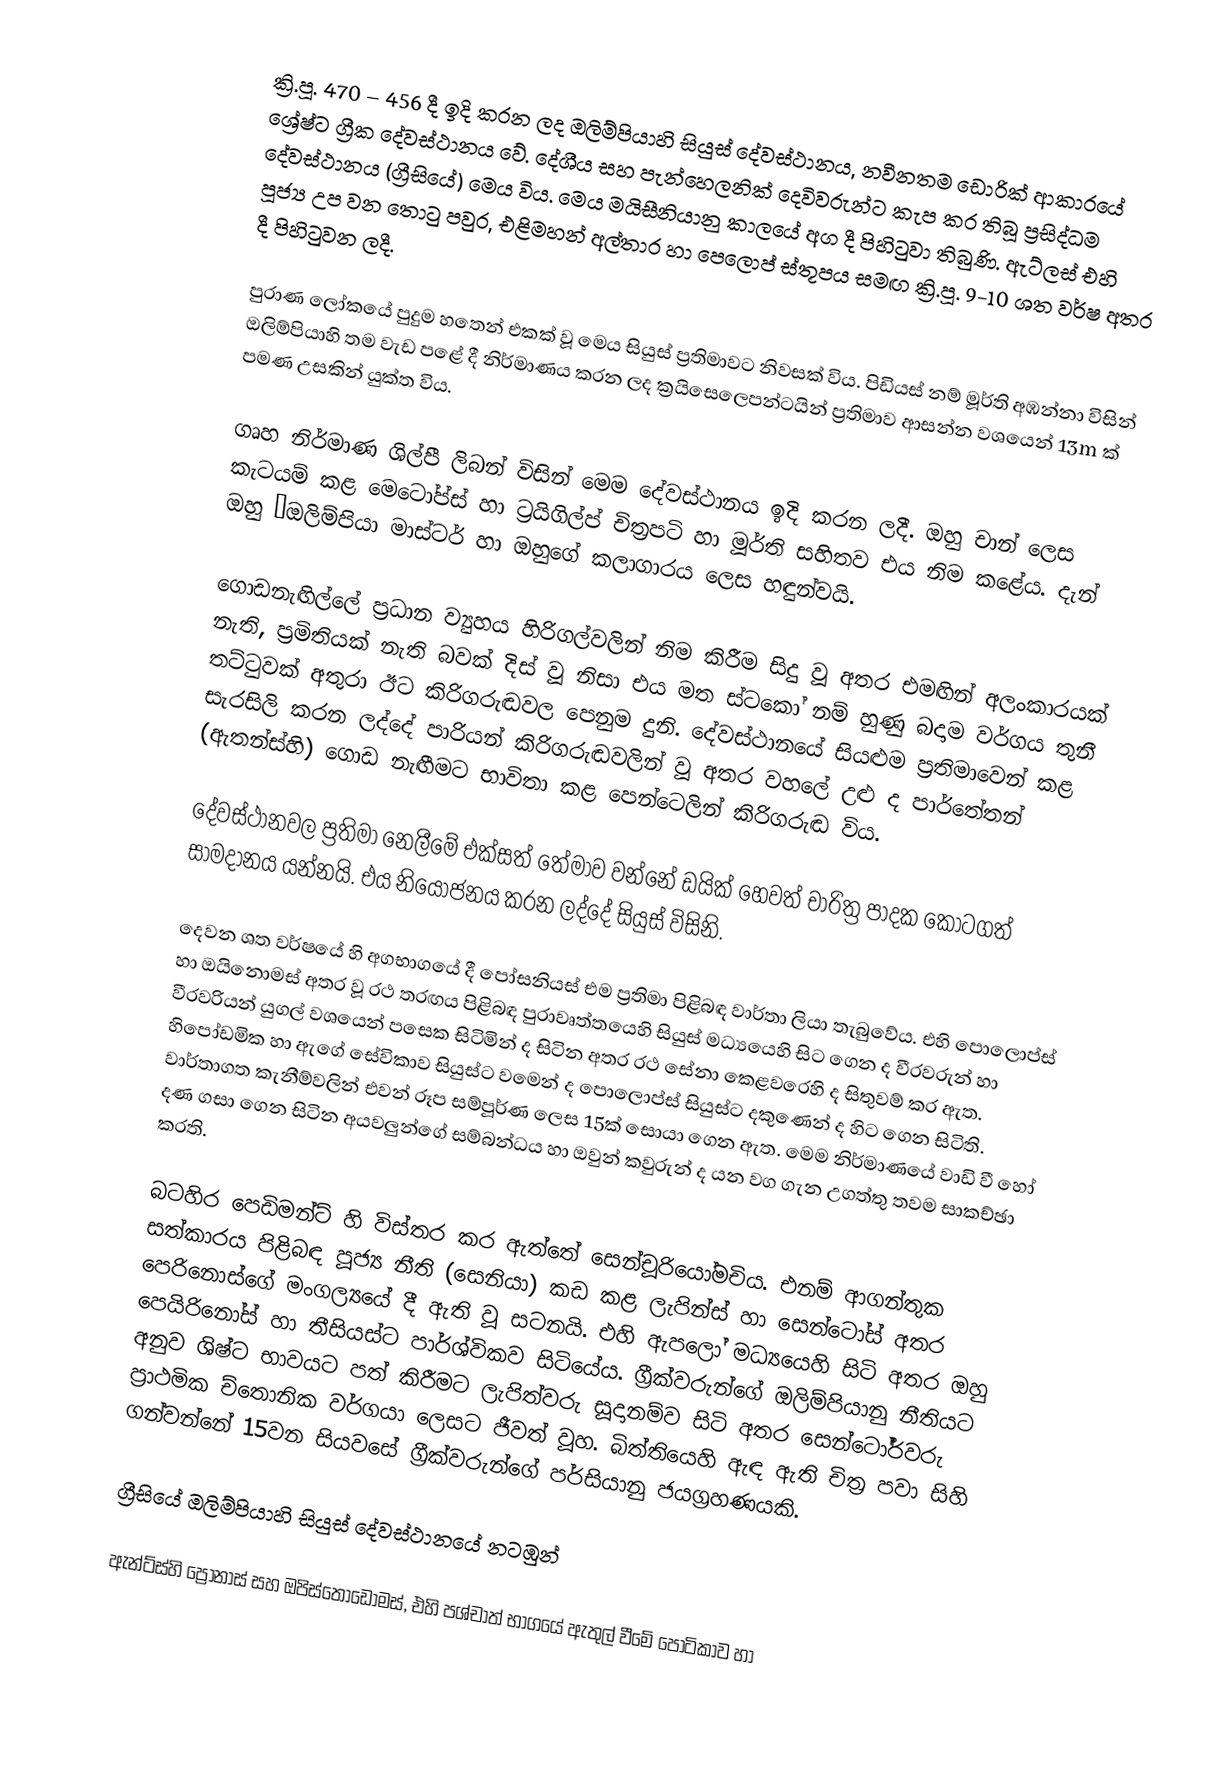
ක්‍රි.පූ. 470 – 456 දී ඉදි කරන ලද ඔලිම්පියා‍හි සියුස් දේවස්ථානය, නවීනතම ඩොරික් ආකාරයේ ශ්‍රේෂ්ට ග්‍රීක දේවස්ථානය වේ. දේශීය සහ පැන්හෙලනික් දෙවිවරුන්ට කැප කර තිබූ ප්‍රසිද්ධම දේවස්ථානය (ග්‍රීසියේ) මෙය විය. මෙය මයිසීනියානු කාලයේ අග දී පිහිටුවා තිබුණි. ඇට්ලස් එහි පූජ්‍ය උප වන තොටු පවුර, එළිමහන් අල්තාර හා පෙලොප් ස්තූපය සමඟ ක්‍රි.පූ. 9-10 ශත වර්ෂ අතර දී පිහිටුවන ලදී.

පුරාණ ලෝකයේ පුදුම හතෙන් එකක් වූ මෙය සියුස් ප්‍රතිමාවට නිවසක් විය. පිඩියස් නම් මූර්ති අඹන්නා විසින් ඔලිම්පියාහි තම වැඩ පළේ දී නිර්මාණය කරන ලද ක්‍රයිසෙලෙපන්ටයින් ප්‍රතිමාව ආසන්න වශයෙන් 13m ක් පමණ උසකින් යුක්ත විය.

ගෘහ නිර්මාණ ශිල්පී ලිබන් විසින් මෙම දේවස්ථානය ඉදි කරන ලදී. ඔහු චාන් ලෙස කැටයම් කළ මෙටෝප්ස් හා ට්‍රයිගිල්ප් චිත්‍රපටි හා මූර්ති සහිතව එය නිම කළේය. දැන් ඔහු “ඔලිම්පියා මාස්ටර් හා ඔහුගේ කලාගාරය ලෙස හඳුන්වයි.

ගොඩනැඟිල්ලේ ප්‍රධාන ව්‍යුහය හිරිගල්වලින් නිම කිරීම සිදු වූ අතර එමඟින් අලංකාරයක් නැති, ප්‍රමිතියක් නැති බවක් දිස් වූ නිසා එය මත ස්ටකෝ නම් හුණු බදාම වර්ගය තුනී තට්ටුවක් අතුරා ඊට කිරිගරුඬවල පෙනුම දුනි. දේවස්ථානයේ සියළුම ප්‍රතිමාවෙන් කළ සැරසිලි කරන ලද්දේ පාරියන් කිරිගරුඬවලින් වූ අතර වහලේ උළු ද පාර්තේතන් (ඇතන්ස්හි) ගොඩ නැඟීමට භාවිතා කළ පෙන්ටෙලින් කිරිගරුඬ විය.

දේවස්ථානවල ප්‍රතිමා නෙලීමේ එක්සත් තේමාව වන්නේ ඩයික් හෙවත් චාරිත්‍ර පාදක කොටගත් සාමදානය යන්නයි. එය නියෝජනය කරන ලද්දේ සියුස් විසිනි.

දෙවන ශත වර්ෂයේ හි අගභාගයේ දී පෝසනියස් එම ප්‍රතිමා පිළිබඳ වාර්තා ලියා තැබුවේය. එහි පොලොප්ස් හා ඔයිනොමස් අතර වූ රථ තරඟය පිළිබඳ පුරාවෘත්තයෙහි සියුස් මධ්‍යයෙහි සිට ගෙන ද වීරවරුන් හා වීරවරියන් යුගල් වශයෙන් පසෙක සිටිමින් ද සිටින අතර රථ සේනා කෙළවරෙහි ද සිතුවම් කර ඇත. හිපෝඩමික හා ඇගේ සේවිකාව සියුස්ට වමෙන් ද පොලොප්ස් සියුස්ට දකුණෙන් ද හිට ගෙන සිටිති. වාර්තාගත කැනීම්වලින් එවන් රූප සම්පූර්ණ ලෙස 15ක් සොයා ගෙන ඇත. මෙම නිර්මාණයේ වාඩි වී හෝ දණ ගසා ගෙන සිටින අයවලුන්ගේ සම්බන්ධය හා ඔවුන් කවුරුන් ද යන වග ගැන උගත්තු තවම සාකච්ඡා කරති.

බටහිර පෙඩිමන්ට් හි විස්තර කර ඇත්තේ සෙන්චූරියෝමචිය. එනම් ආගන්තුක සත්කාරය පිළිබඳ පූජ්‍ය නීති (සෙනියා) කඩ කළ ලැපින්ස් හා සෙන්ටෝස් අතර පෙරිනොස්ගේ මංගල්‍යයේ දී ඇති වූ සටනයි. එහි ඇපලෝ මධ්‍යයෙහි සිටි අතර ඔහු පෙයිරිනෝස් හා තීසියස්ට පාර්ශ්විකව සිටියේය. ග්‍රීක්වරුන්ගේ ඔලිම්පියානු නීතියට අනුව ශිෂ්ට භාවයට පත් කිරීමට ලැපිත්වරු සූදානම්ව සිටි අතර සෙන්ටෝර්වරු ප්‍රාථමික  ච්තොනික වර්ගයා ලෙසට ජීවත් වූහ. බිත්තියෙහි ඇඳ ඇති චිත්‍ර පවා සිහි ගන්වන්නේ 15වන සියවසේ ග්‍රීක්වරුන්ගේ පර්සියානු ජයග්‍රහණයකි.

ග්‍රීසියේ ඔලිම්පියාහි සියුස් දේවස්ථානයේ නටඹුන්

ඇන්ට්ස්හි ප්‍රෝනාස් සහ ඔපිස්තොඩොමස්, එහි පශ්චාත් භාගයේ ඇතුල් වීමේ පෝටිකාව හා